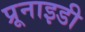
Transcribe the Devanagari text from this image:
प्रूनाइडी